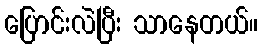
ပြောင်းလဲပြီး သာနေတယ်။